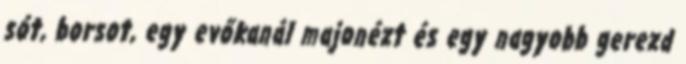
sót, borsot, egy evőkanál majonézt és egy nagyobb gerezd